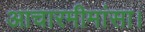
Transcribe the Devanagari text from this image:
आचारमीमांसा।